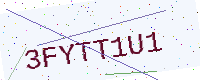
Text: 3FYTT1U1